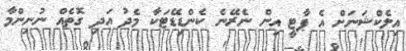
އިލެކްޝަނަށް އެ ޕާޓީ އިން ނެރޭނެ ކެންޑިޑޭޓަކާ މެދު އަދި ގޮތެއް ނުނިންމާ